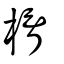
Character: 楈